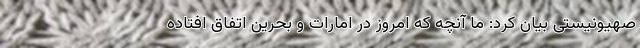
صهیونیستی بیان کرد: ما آنچه که امروز در امارات و بحرین اتفاق افتاده